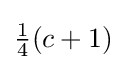
{\tfrac {1}{4}}(c+1)